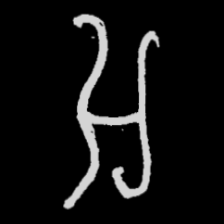
Pyu character \u2014 Myanmar letter: အ (romanized: a)